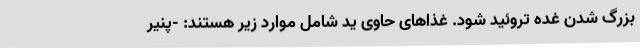
بزرگ شدن غده تروئید شود. غذاهای حاوی ید شامل موارد زیر هستند: -پنیر